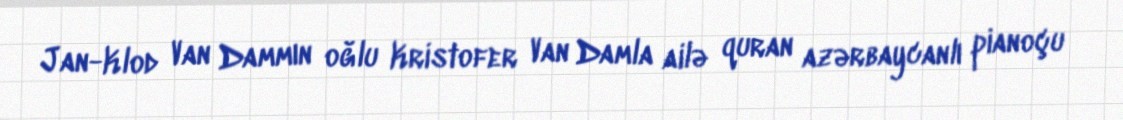
Jan-Klod Van Dammın oğlu Kristofer Van Damla ailə quran azərbaycanlı pianoçu